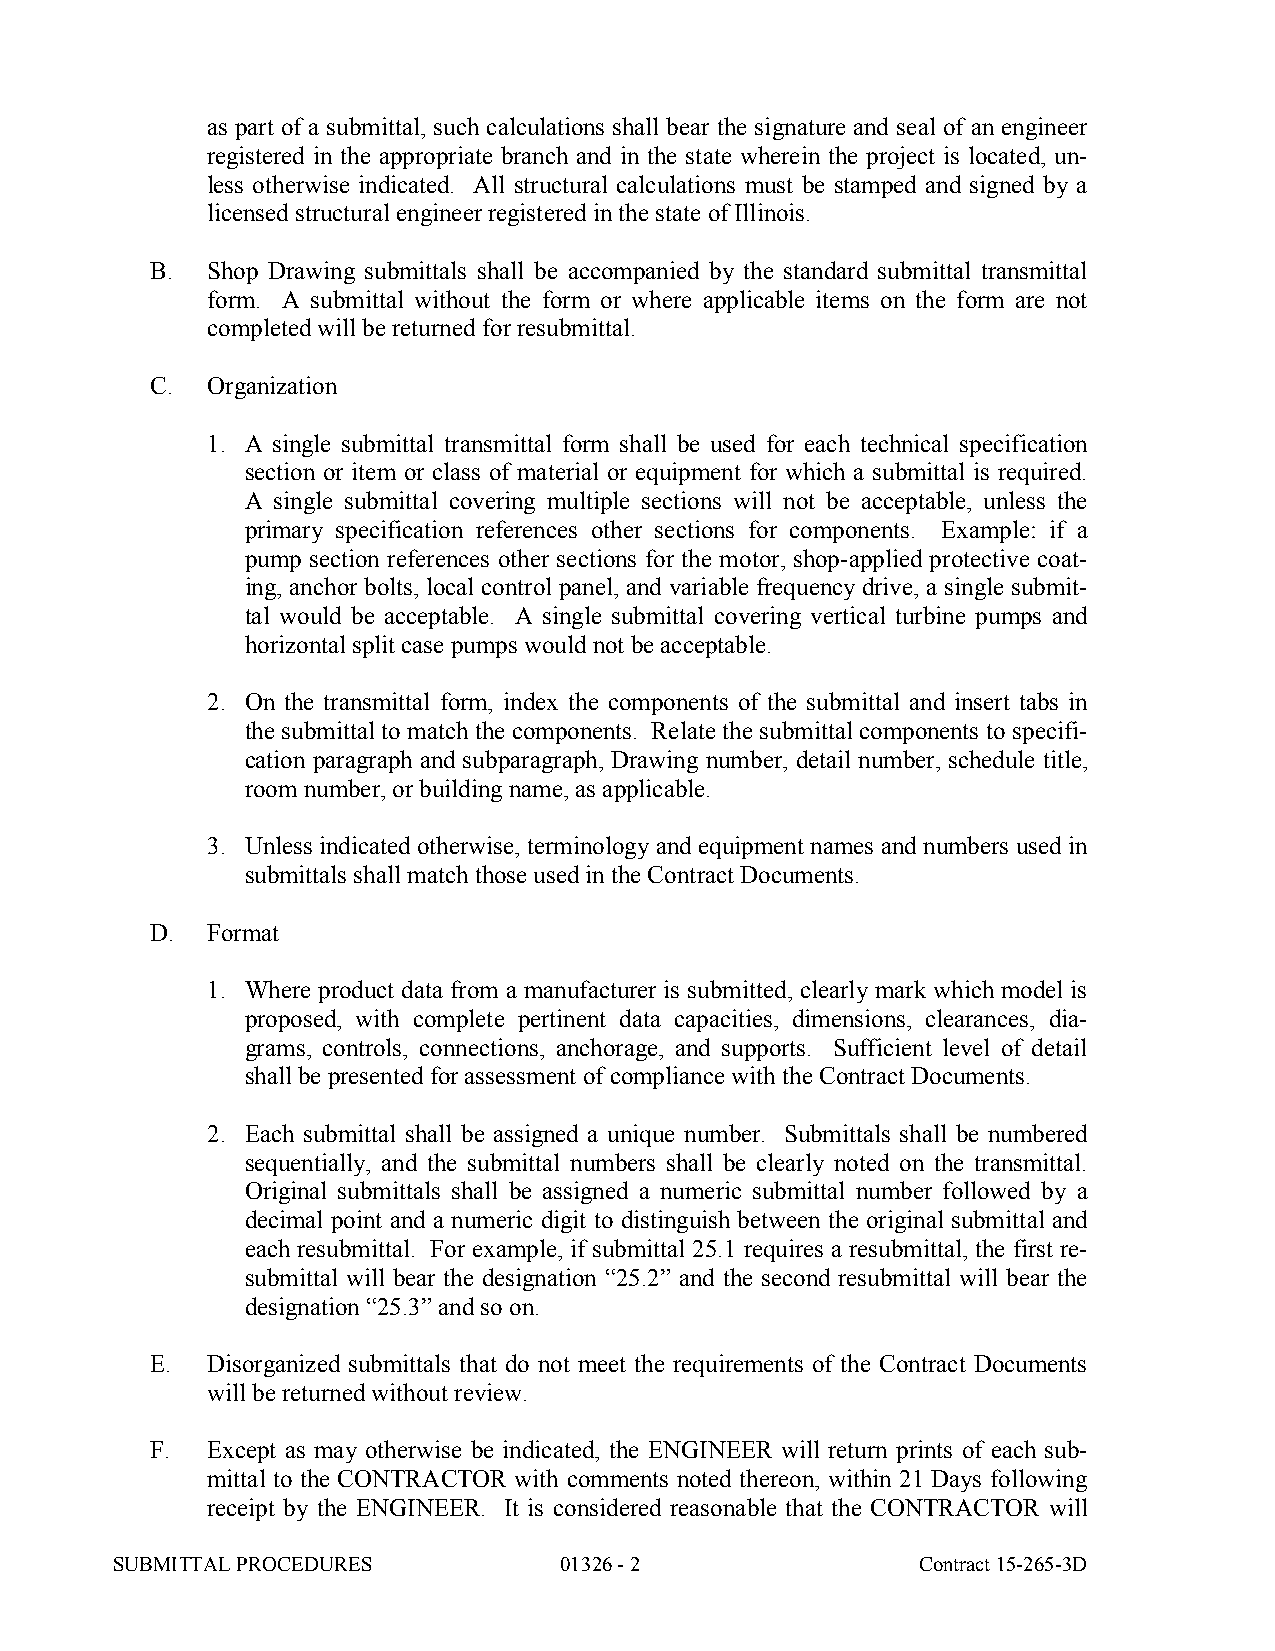
as part of a submittal, such calculations shall bear the signature and seal of an engineer
 registered in the appropriate branch and in the state wherein the project is located, un-
 less otherwise indicated. All structural calculations must be stamped and signed by a
 licensed structural engineer registered in the state of Illinois.
 B.  Shop Drawing submittals shall be accompanied by the standard submittal transmittal
 form. A submittal without the form or where applicable items on the form are not
 completed will be returned for resubmittal.
 C.  Organization
 1. A single submittal transmittal form shall be used for each technical specification
 section or item or class of material or equipment for which a submittal is required.
 A single submittal covering multiple sections will not be acceptable, unless the
 primary specification references other sections for components. Example: if a
 pump section references other sections for the motor, shop-applied protective coat-
 ing, anchor bolts, local control panel, and variable frequency drive, a single submit-
 tal would be acceptable. A single submittal covering vertical turbine pumps and
 horizontal split case pumps would not be acceptable.
 2. On the transmittal form, index the components of the submittal and insert tabs in
 the submittal to match the components. Relate the submittal components to specifi-
 cation paragraph and subparagraph, Drawing number, detail number, schedule title,
 room number, or building name, as applicable.
 3. Unless indicated otherwise, terminology and equipment names and numbers used in
 submittals shall match those used in the Contract Documents.
 D.  Format
 1. Where product data from a manufacturer is submitted, clearly mark which model is
 proposed, with complete pertinent data capacities, dimensions, clearances, dia-
 grams, controls, connections, anchorage, and supports. Sufficient level of detail
 shall be presented for assessment of compliance with the Contract Documents.
 2. Each submittal shall be assigned a unique number. Submittals shall be numbered
 sequentially, and the submittal numbers shall be clearly noted on the transmittal.
 Original submittals shall be assigned a numeric submittal number followed by a
 decimal point and a numeric digit to distinguish between the original submittal and
 each resubmittal. For example, if submittal 25.1 requires a resubmittal, the first re-
 submittal will bear the designation “25.2” and the second resubmittal will bear the
 designation “25.3” and so on.
 E.  Disorganized submittals that do not meet the requirements of the Contract Documents
 will be returned without review.
 F.  Except as may otherwise be indicated, the ENGINEER will return prints of each sub-
 mittal to the CONTRACTOR with comments noted thereon, within 21 Days following
 receipt by the ENGINEER. It is considered reasonable that the CONTRACTOR will
 SUBMITTAL PROCEDURES          01326 - 2               Contract 15-265-3D